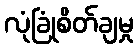
လုံခြုံစိတ်ချမှု